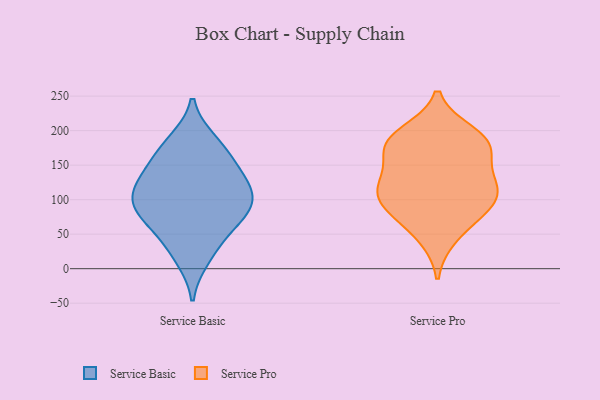
{"axis": {"x": "Shipments", "y": "Value"}, "legend": ["Service Basic", "Service Pro"], "data": [{"x": "", "y": 112, "type": "Service Basic"}, {"x": "", "y": 144, "type": "Service Basic"}, {"x": "", "y": 107, "type": "Service Basic"}, {"x": "", "y": 81, "type": "Service Basic"}, {"x": "", "y": 126, "type": "Service Basic"}, {"x": "", "y": 156, "type": "Service Basic"}, {"x": "", "y": 89, "type": "Service Basic"}, {"x": "", "y": 35, "type": "Service Basic"}, {"x": "", "y": 16, "type": "Service Basic"}, {"x": "", "y": 177, "type": "Service Basic"}, {"x": "", "y": 184, "type": "Service Basic"}, {"x": "", "y": 111, "type": "Service Basic"}, {"x": "", "y": 72, "type": "Service Basic"}, {"x": "", "y": 71, "type": "Service Basic"}, {"x": "", "y": 110, "type": "Service Pro"}, {"x": "", "y": 183, "type": "Service Pro"}, {"x": "", "y": 177, "type": "Service Pro"}, {"x": "", "y": 184, "type": "Service Pro"}, {"x": "", "y": 122, "type": "Service Pro"}, {"x": "", "y": 171, "type": "Service Pro"}, {"x": "", "y": 118, "type": "Service Pro"}, {"x": "", "y": 95, "type": "Service Pro"}, {"x": "", "y": 132, "type": "Service Pro"}, {"x": "", "y": 76, "type": "Service Pro"}, {"x": "", "y": 46, "type": "Service Pro"}, {"x": "", "y": 90, "type": "Service Pro"}, {"x": "", "y": 196, "type": "Service Pro"}]}